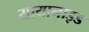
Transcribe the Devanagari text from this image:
सायानाइड